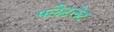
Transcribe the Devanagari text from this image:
फ्लैटलेट